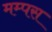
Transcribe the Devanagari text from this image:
मम्पस